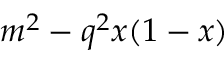
m ^ { 2 } - q ^ { 2 } x ( 1 - x )